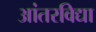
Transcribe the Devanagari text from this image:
आंतरविद्या